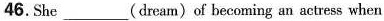
46.She___(dream)of becoming an actress when